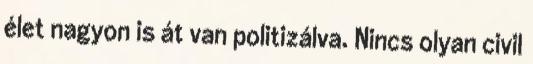
élet nagyon is át van politizálva. Nincs olyan civil